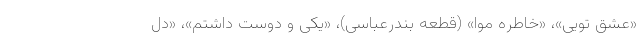
«عشق تویی»، «خاطره موا» (قطعه بندرعباسی)، «یکی و دوست داشتم»، «دل